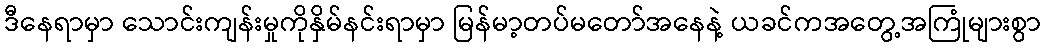
ဒီနေရာမှာ သောင်းကျန်းမှုကိုနှိမ်နင်းရာမှာ မြန်မာ့တပ်မတော်အနေနဲ့ ယခင်ကအတွေ့အကြုံများစွာ